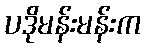
ပဒိုမန်းမန်းက